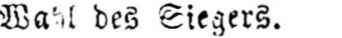
Wahl des Siegers.